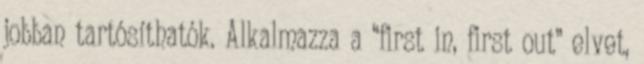
jobban tartósíthatók. Alkalmazza a “first in, first out” elvet,